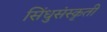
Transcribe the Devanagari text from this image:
सिंधुसंस्कृती